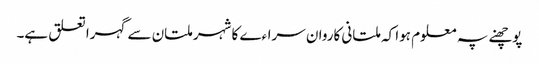
پوچھنے پہ معلوم ہوا کہ ملتانی کاروان سراءے کا شہر ملتان سے گہرا تعلق ہے۔